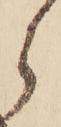
ら